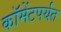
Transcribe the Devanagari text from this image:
कॉमेंटपर्यंत